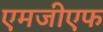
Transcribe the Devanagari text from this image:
एमजीएफ